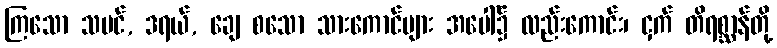
ကြသော သမင်, ဒရယ်, ချေ စသော သားကောင်များ အပေါ်၌ လည်းကောင်း၊ ငှက် တိရစ္ဆာန်တို့